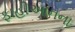
ફાહીઆનના